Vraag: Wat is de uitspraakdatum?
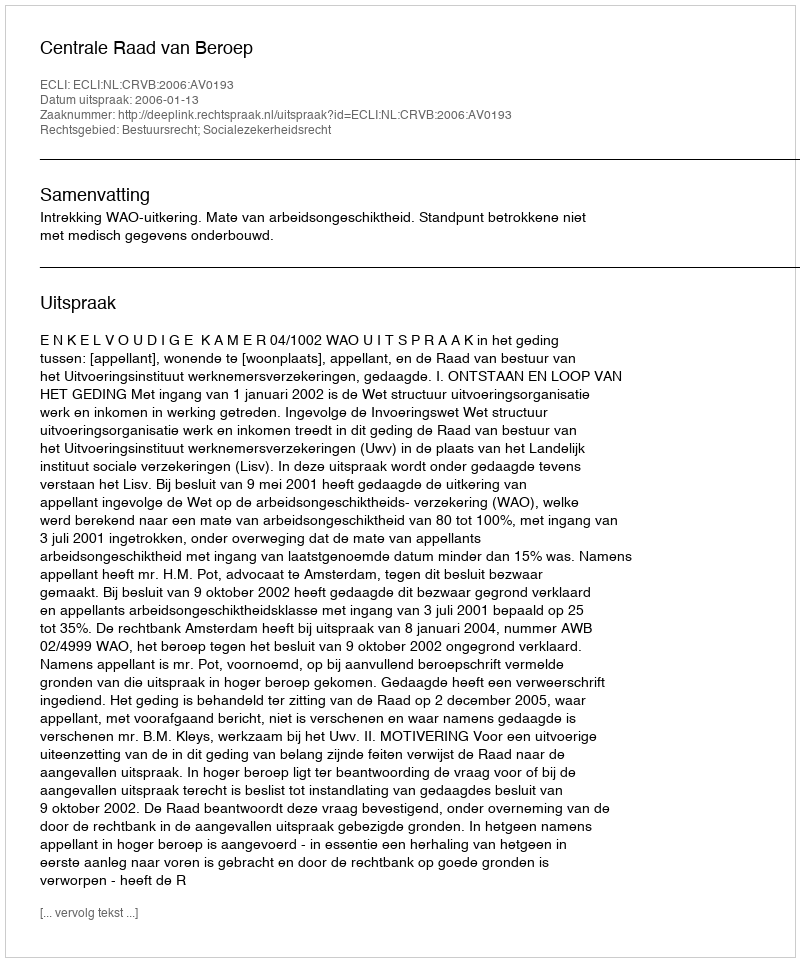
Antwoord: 2006-01-13